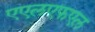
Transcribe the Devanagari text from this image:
एएलएफएल